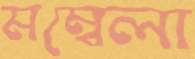
মম্বেলা